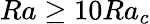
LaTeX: Ra\geq 10Ra_{c}